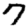
Digit: 7